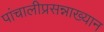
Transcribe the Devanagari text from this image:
पांचालीप्रसन्नाख्यान